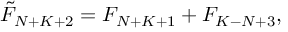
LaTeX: \tilde { F } _ { N + K + 2 } = F _ { N + K + 1 } + F _ { K - N + 3 } ,